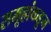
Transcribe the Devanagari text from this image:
समूहांकडून